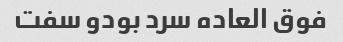
فوق العاده سرد بودو سفت